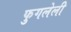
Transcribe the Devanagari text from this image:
फुगलेली